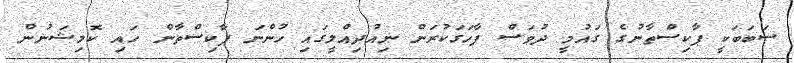
ސަބަބަކީ ޕާކިސްތާނުގެ ގައުމީ ދުވަސް ފާހަގަކުރަން ނިއުދިއްލީގައި ހުންނަ ޕާކިސްތާން ހައި ކޮމިޝަނުން